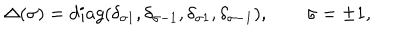
LaTeX: \Delta ( \sigma ) = d i a g ( \delta _ { \sigma 1 } , \delta _ { \sigma - 1 } , \delta _ { \sigma 1 } , \delta _ { \sigma - 1 } ) , \qquad \sigma = \pm 1 ,